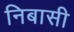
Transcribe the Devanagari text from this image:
निबासी